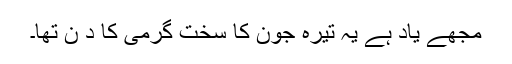
مجھے یاد ہے یہ تیرہ جون کا سخت گرمی کا د ن تھا۔